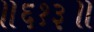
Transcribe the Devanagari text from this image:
॥६१३॥